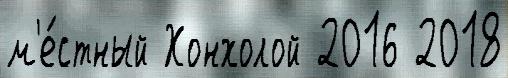
м'е́стный Хонхолой 2016 2018